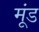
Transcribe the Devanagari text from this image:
मूंड